Annual report of the Punjab Veterinary College and of the Civil Veterinary Department, Punjab - 1926-1932
Year: 1926
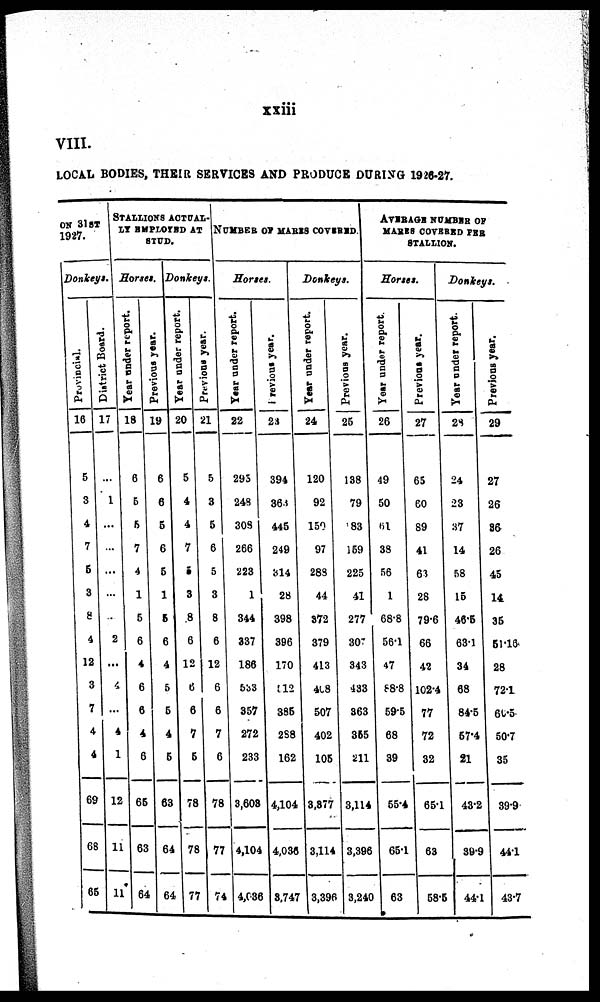
xxiii
VIII.
LOCAL BODIES, THEIR SERVICES AND PRODUCE DURING 1928-27.
ON 31ST
1927.
Donkeys.
Provincial.
16
5
3
4
7
6
3
8
4
12
3
7
4
4
69
68
65
District Board.
17
...
1
...
...
...
...
...
2
...
4
...
4
1
12
11
11
STALLIONS ACTUAL-
LY EMPLOYED AT
STUD.
Horses.
Year under report.
18
6
5
5
7
4
1
5
6
4
6
6
4
6
65
63
64
Previous year.
19
6
6
5
6
5
1
6
6
4
5
6
4
5
63
64
64
Donkeys.
Year under report.
20
5
4
4
7
5
3
8
6
12
6
6
7
5
78
78
77
Previous year.
21
5
3
5
6
5
3
8
6
12
6
6
7
6
78
77
74
NUMBER OF MARES COVERED.
Horses.
Year under report.
22
295
248
303
266
223
1
344
337
186
533
357
272
233
3,603
4,104
4,036
Previous year.
23
394
363
445
249
314
28
398
396
170
512
395
288
162
4,104
4,036
3,747
Donkeys.
Year under report.
24
120
92
150
97
283
44
872
379
413
408
507
402
105
3,877
3,114
3,396
Previous year.
25
138
79
83
159
225
41
277
307
343
433
363
355
211
3,114
3,396
3,240
AVERAGE NUMBER OF
MARES COVERED PER
STALLION.
Horses.
Year under report.
26
49
50
61
38
56
1
68.8
56.1
47
88.8
595
68
39
55.4
65.1
63
Previous year.
27
65
60
89
41
63
28
79.6
66
42
102.4
77
72
32
65.1
63
58.5
Donkeys.
Year under report.
28
24
23
37
14
58
15
46.5
63.1
34
68
84.5
57.4
21
43.2
39.9
44.1
Previous year.
29
27
26
36
26
45
14
35
51.16
28
721
60.5
50.7
35
39.9
441
43.7